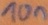
Text: 10n